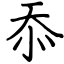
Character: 忝